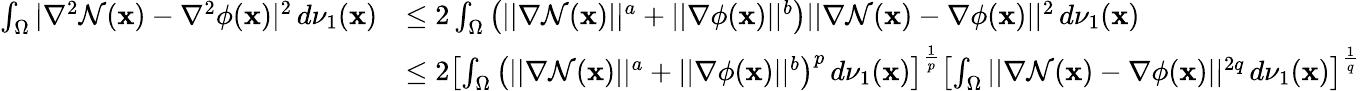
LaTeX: \begin{array}{rl}{\int_{\Omega}|\nabla^{2}\mathcal{N}(\mathbf{x})-\nabla^{2}\phi(\mathbf{x})|^{2}\, d\nu_{1}(\mathbf{x})}&{\leq 2\int_{\Omega}\left(||\nabla\mathcal{N}(\mathbf{x})||^{a}+||\nabla\phi(\mathbf{x})||^{b}\right)||\nabla\mathcal{N}(\mathbf{x})-\nabla\phi(\mathbf{x})||^{2}\, d\nu_{1}(\mathbf{x})}\\ &{\leq 2\left[\int_{\Omega}\left(||\nabla\mathcal{N}(\mathbf{x})||^{a}+||\nabla\phi(\mathbf{x})||^{b}\right)^{p}\, d\nu_{1}(\mathbf{x})\right]^{\frac{1}{p}}\left[\int_{\Omega}||\nabla\mathcal{N}(\mathbf{x})-\nabla\phi(\mathbf{x})||^{2q}\, d\nu_{1}(\mathbf{x})\right]^{\frac{1}{q}}}\end{array}